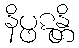
နိပ္ဖဋန္တိ